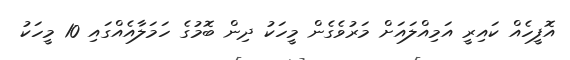
އޮފީހެއް ކައިރީ އަމިއްލައަށް މަރުވެގެން މީހަކު ދިން ބޮމުގެ ހަމަލާއެއްގައި 10 މީހަކު